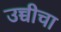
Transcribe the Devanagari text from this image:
उच्चीचा